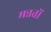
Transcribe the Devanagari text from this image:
मन्नतों